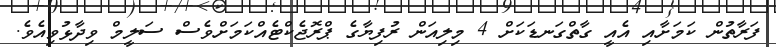
ފަރާތުން ކަމަށާއި އެއީ ގާތްގަނޑަކަށް 4 މިލިއަން ރުފިޔާގެ ޕްރޮޖެކްޓެއްކަމަށްވެސް ސަލީމް ވިދާޅުވިއެވެ.